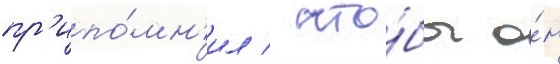
пр'ипо́мн'ил / что́бы о́н